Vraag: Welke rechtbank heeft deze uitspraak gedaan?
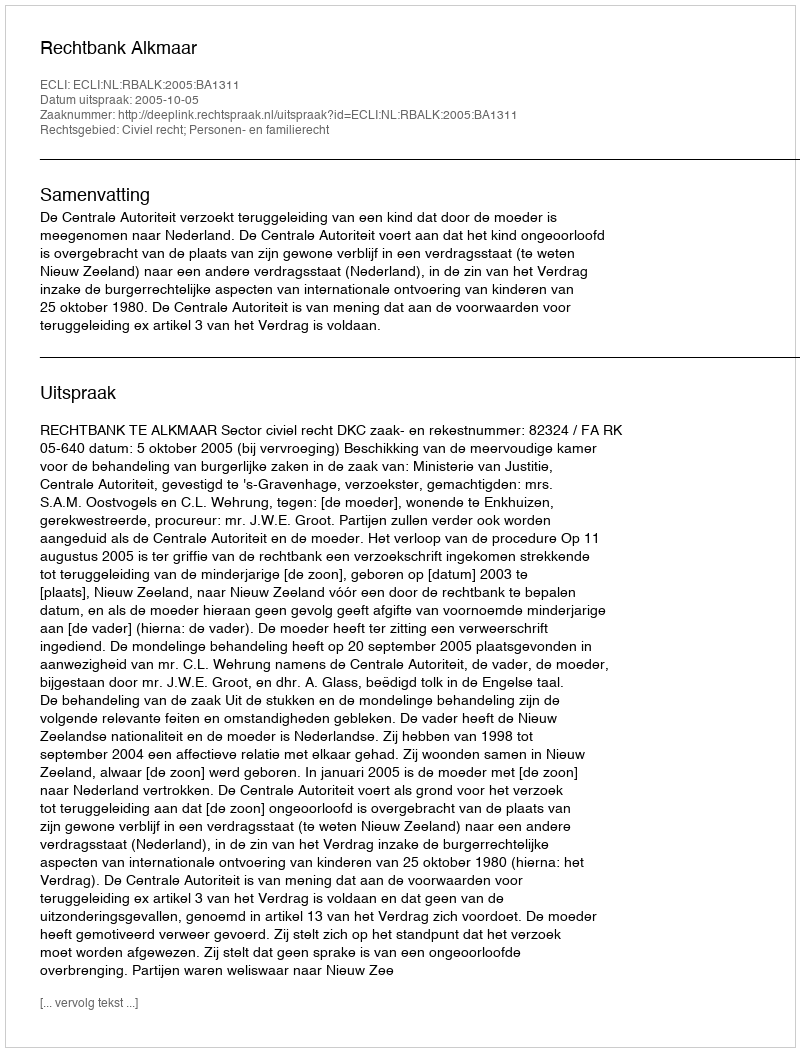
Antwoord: Rechtbank Alkmaar